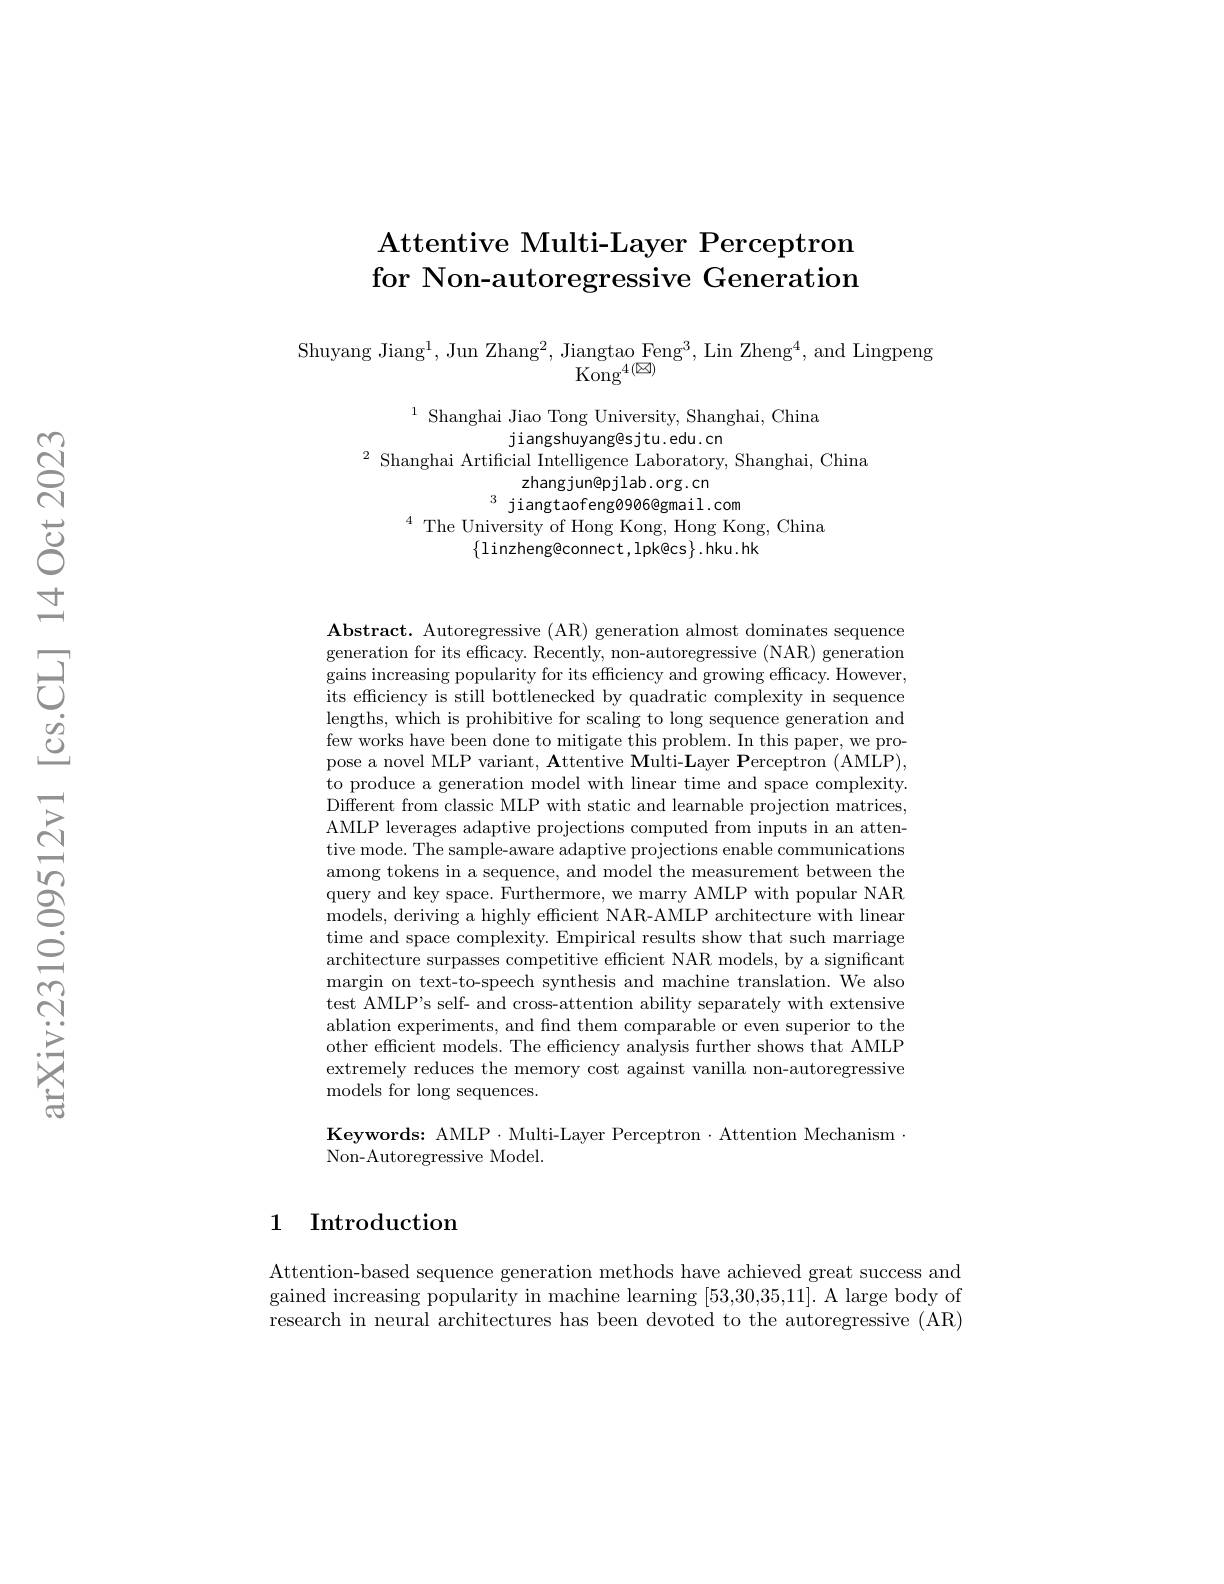
# Attentive Multi- Layer Perceptron for Non-autoregressive Generation

$\begin{array}{c}{\mathrm{Shuyang~Jiang^{1},~Jun~Zhang^{2},~Jiangtao~Feng^{3},~Lin~Zheng^{4},~and~Lingpeng}}\\{\mathrm{Kong^{4(\boxtimes)}}}\end{array}$

$^{1}$ Shanghai Jiao Tong University, Shanghai, China
jiangshuyang@sjtu.edu.cn
$^{2}$ Shanghai Artificial Intelligence Laboratory, Shanghai, China
zhangjun@pjlab.org.cn
$^{3}$ jiangtaofeng0906@gmail.com
$^{4}$ The University of Hong Kong, Hong Kong, China
$\{1$inzheng@connect,lpk@cs$\}.$hku.hk

Abstract. Autoregressive (AR) generation almost dominates sequence generation for its effcacy. Recently, non-autoregressive (NAR) generation gains increasing popularity for its efficiency and growing efficacy. However, its efficiency is still bottlenecked by quadratic complexity in sequence lengths, which is prohibitive for scaling to long sequence generation and few works have been done to mitigate this problem. In this paper, we propose a novel MLP variant, Attentive Multi-Layer Perceptron (AMLP), to produce a generation model with linear time and space complexity. Different from classic MLP with static and learnable projection matrices, AMLP leverages adaptive projections computed from inputs in an attentive mode. The sample-aware adaptive projections enable communications among tokens in a sequence, and model the measurement between the query and key space. Furthermore, we marry AMLP with popular NAR models, deriving a highly efficient NAR-AMLP architecture with linear time and space complexity. Empirical results show that such marriage architecture surpasses competitive efficient NAR models, by a significant margin on text-to-speech synthesis and machine translation. We also test AMLP's self- and cross-attention ability separately with extensive ablation experiments, and find them comparable or even superior to the other efficient models. The efficiency analysis further shows that AMLP extremely reduces the memory cost against vanilla non-autoregressive models for long sequences.

Keywords: AMLP· Multi-Layer Perceptron $\cdot$ Attention Mechanism
Non-Autoregressive Model.

### 1 Introduction

Attention-based sequence generation methods have achieved great success and gained increasing popularity in machine learning [53,30,35,11]. A large body of research in neural architectures has been devoted to the autoregressive (AR)